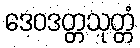
ဒေဝဒတ္တသုတ္တံ